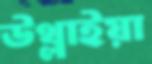
উথ্‌লাইয়া